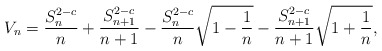
\begin{align*}V_{n}& =\frac{S_n^{2-c}}{n}+\frac{S_{n+1}^{2-c}}{n+1}-\frac{S_n^{2-c}}{n}\sqrt{1-\frac{1}{n}}-\frac{S_{n+1}^{2-c}}{n+1}\sqrt{1+\frac{1}{n}},\end{align*}